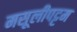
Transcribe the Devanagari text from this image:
मसूलीपट्टम